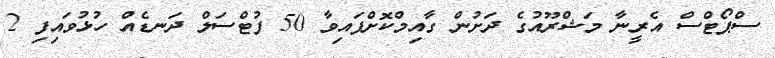
ސްޕޯޓްސް އެރީނާ މަޝްރޫއުގެ ދަށުން ގާއިމްކޮށްފައިވާ 50 ފުޓްސަލް ދަނޑެއް ހުޅުވައިފި 2